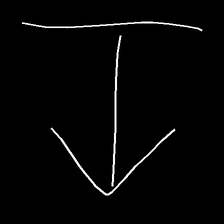
Glyph: levitation